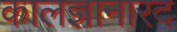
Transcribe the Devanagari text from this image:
कालज्ञानारद